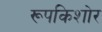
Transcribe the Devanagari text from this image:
रूपकिशोर